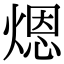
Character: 煾